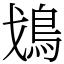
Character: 𩾷